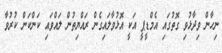
ނިހާން ވިދާޅުވި ގޮތުގައި އެމްޑީޕީ އަކީ އޮޅުވާލައިގެން ރައްޔިތުން ލައްވައި ކަންކަން ކުރުވާ